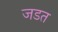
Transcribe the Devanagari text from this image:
जडत